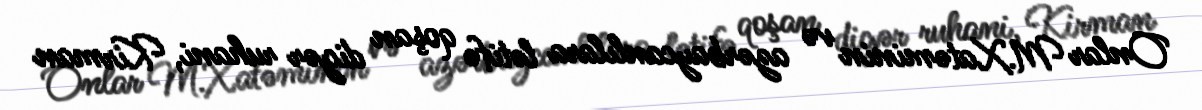
Onlar M.Xatəminin və azərbaycanlılara lətifə qoşan digər ruhani, Kirman